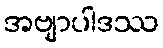
အဗျာပါဒဿ